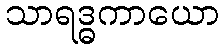
သာရဒ္ဓကာယော